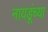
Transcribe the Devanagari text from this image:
नायडूंच्या